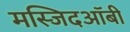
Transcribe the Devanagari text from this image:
मस्जिदऑबी